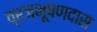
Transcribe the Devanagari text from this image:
व्रजभूषणदास